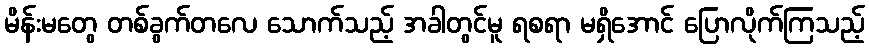
မိန်းမတွေ တစ်ခွက်တလေ သောက်သည့် အခါတွင်မူ ရစရာ မရှိအောင် ပြောလိုက်ကြသည့်